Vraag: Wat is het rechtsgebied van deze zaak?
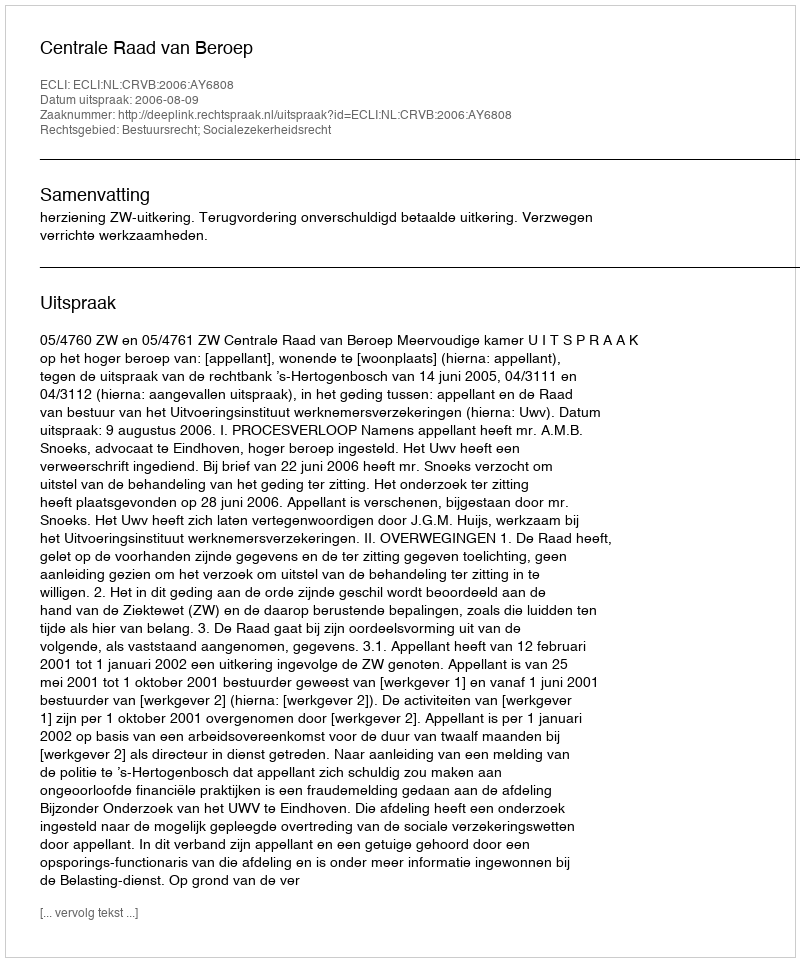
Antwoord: Bestuursrecht; Socialezekerheidsrecht